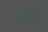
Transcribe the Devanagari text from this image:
चिहिरो